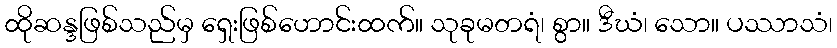
ထိုဆန္ဒဖြစ်သည်မှ ရှေးဖြစ်ဟောင်းထက်။ သုခုမတရံ၊ စွာ။ ဒီဃံ၊ သော။ ပဿာသံ၊